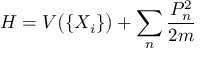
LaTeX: H = V { \bigl ( } \{ X _ { i } \} { \bigr ) } + \sum _ { n } { \frac { P _ { n } ^ { 2 } } { 2 m } }